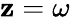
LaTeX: \mathbf{z}=\omega